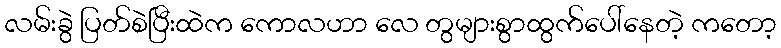
လမ်းခွဲ ပြတ်စဲပြီးထဲက ကောလဟာ လေ တွများစွာထွက်ပေါ်နေတဲ့ ကတော့